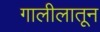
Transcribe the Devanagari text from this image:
गालीलातून